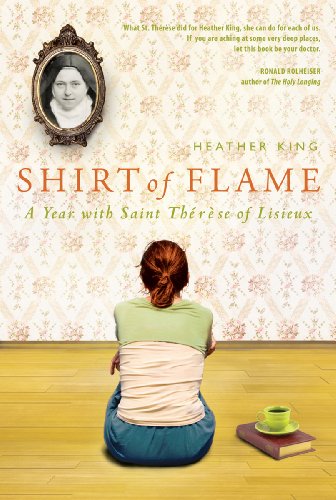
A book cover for Shirt of Flame: A Year with St. Therese of Lisieux; Heather King; Christian Books & Bibles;